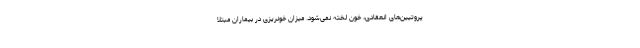
پروتیین‌های انعقادی، خون لخته نمی‌شود. میزان خونریزی در بیماران مبتلا